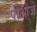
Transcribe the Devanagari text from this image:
पीओजे